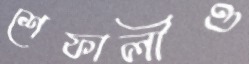
শেফালীও